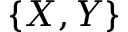
\{ X , Y \}